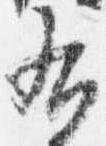
右